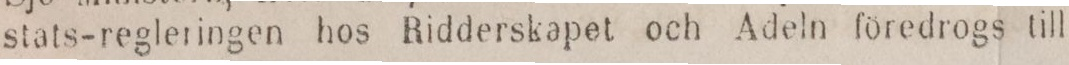
stats-regleringen hos Ridderskapet och Adeln föredrogs till